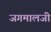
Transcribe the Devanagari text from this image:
जगमालजी